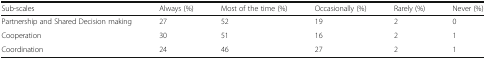
<table><thead><tr><td><b>Sub-scales</b></td><td><b>Always (%)</b></td><td><b>Most of the time (%)</b></td><td><b>Occasionally (%)</b></td><td><b>Rarely (%)</b></td><td><b>Never (%)</b></td></tr></thead><tbody><tr><td>Partnership and Shared Decision making</td><td>27</td><td>52</td><td>19</td><td>2</td><td>0</td></tr><tr><td>Cooperation</td><td>30</td><td>51</td><td>16</td><td>2</td><td>1</td></tr><tr><td>Coordination</td><td>24</td><td>46</td><td>27</td><td>2</td><td>1</td></tr></tbody></table>